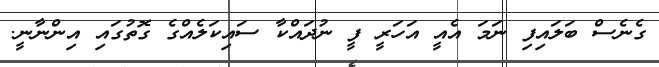
ގެނެސް ބަލައިފި ނަމަ އެއީ އަހަރީ ފީ ނުދައްކާ ސައިކަލެއްގެ ގޮތުގައި އިންނާނީ.